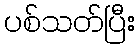
ပစ်သတ်ပြီး